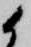
候